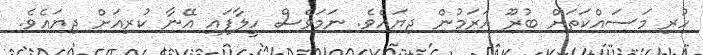
ހުރި މަސައްކަތަށް ބުރޫ އަރަމުން ދިޔައެވެ. ނަމަވެސް ހީލާފައި އޭނާ ކުރިއަށް ދިޔައެވެ.